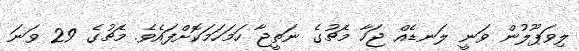
ލިވަޕޫލުން ވަނީ ލަނޑެއް ޖަހާ މެޗުގެ ނަތީޖާ ހަމަހަމަކޮށްފައެވެ. މެޗުގެ 29 ވަނަ